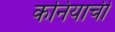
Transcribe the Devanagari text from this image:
कनियाची